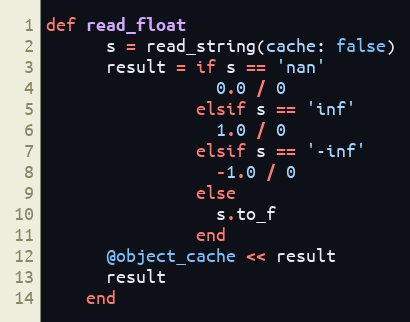
Language: Ruby
def read_float
      s = read_string(cache: false)
      result = if s == 'nan'
                 0.0 / 0
               elsif s == 'inf'
                 1.0 / 0
               elsif s == '-inf'
                 -1.0 / 0
               else
                 s.to_f
               end
      @object_cache << result
      result
    end